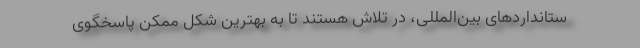
ستانداردهای بین‌المللی، در تلاش هستند تا به بهترین شکل ممکن پاسخگوی